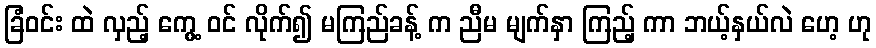
ခြံဝင်း ထဲ လှည့် ကွေ့ ဝင် လိုက်၍ မကြည်ခန့် က ညီမ မျက်နှာ ကြည့် ကာ ဘယ့်နှယ်လဲ ဟေ့ ဟု